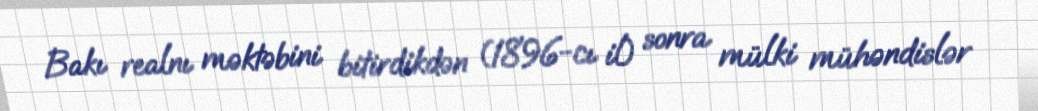
Bakı realnı məktəbini bitirdikdən (1896-cı il) sonra mülki mühəndislər